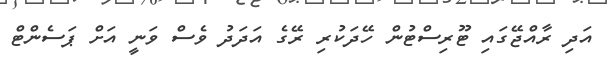
އަދި ރާއްޖޭގައި ޓޫރިސްޓުން ހޭދަކުރި ރޭގެ އަދަދު ވެސް ވަނީ އަށް ޕަސެންޓް